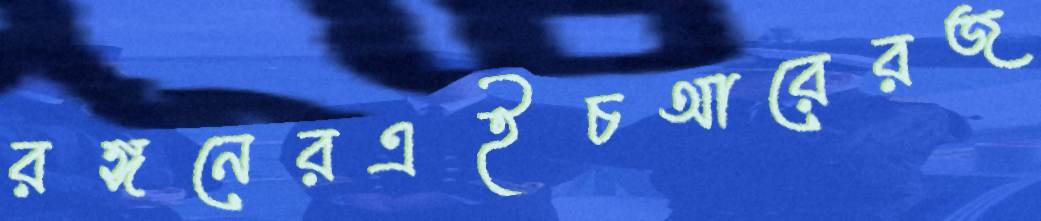
রঙ্গনেরএইচআরেরজ